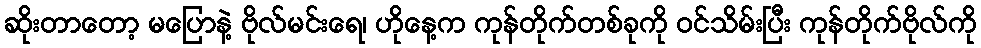
ဆိုးတာတော့ မပြောနဲ့ ဗိုလ်မင်းရေ၊ ဟိုနေ့က ကုန်တိုက်တစ်ခုကို ဝင်သိမ်းပြီး ကုန်တိုက်ဗိုလ်ကို